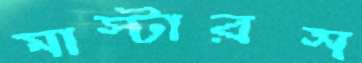
মাস্টারস